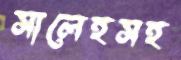
সালেহসহ